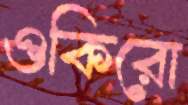
ওকিরো